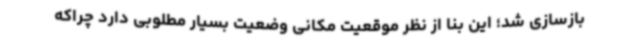
بازسازی شد؛ این بنا از نظر موقعیت مکانی وضعیت بسیار مطلوبی دارد چراکه